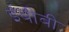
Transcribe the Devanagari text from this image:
ईबीबी